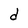
Character: d